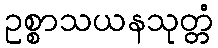
ဥစ္စာသယနသုတ္တံ